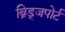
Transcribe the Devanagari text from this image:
ब्रिड्जपोर्ट